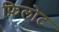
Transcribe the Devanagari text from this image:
फ़िलोट